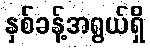
နှစ်ခန့်အရွယ်ရှိ